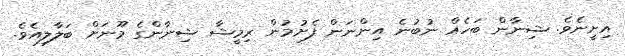
އިށީނެވެ. ޝިނާން ބަހެއް ނުބުނެ އިންނަން ފެށުމުން ރިމީޝާ ޝިނާންގެ މޫނަށް ބަލާލިއެވެ.